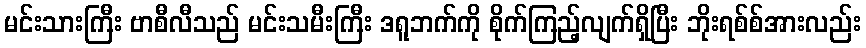
မင်းသားကြီး ဗာစီလီသည် မင်းသမီးကြီး ဒရူဘက်ကို စိုက်ကြည့်လျက်ရှိပြီး ဘိုးရစ်စ်အားလည်း